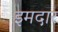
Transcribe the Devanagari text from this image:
इमदार